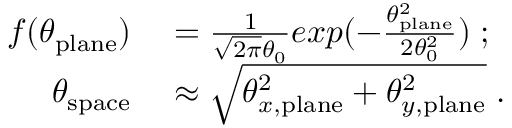
\begin{array} { r l } { f ( \theta _ { \mathrm { p l a n e } } ) } & { { } = \frac { 1 } { \sqrt { 2 \pi } \theta _ { 0 } } e x p ( - \frac { \theta _ { \mathrm { p l a n e } } ^ { 2 } } { 2 \theta _ { 0 } ^ { 2 } } ) \; ; } \\ { \theta _ { \mathrm { s p a c e } } } & { { } \approx \sqrt { \theta _ { x , \mathrm { p l a n e } } ^ { 2 } + \theta _ { y , \mathrm { p l a n e } } ^ { 2 } } \; . } \end{array}